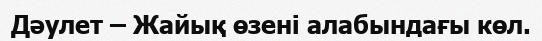
Дәулет – Жайық өзені алабындағы көл.